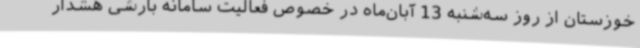
خوزستان از روز سه‌شنبه 13 آبان‌ماه در خصوص فعالیت سامانه بارشی هشدار